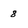
Character: 8